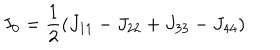
I _ { 0 } = \frac { 1 } { 2 } ( J _ { 1 1 } - J _ { 2 2 } + J _ { 3 3 } - J _ { 4 4 } )